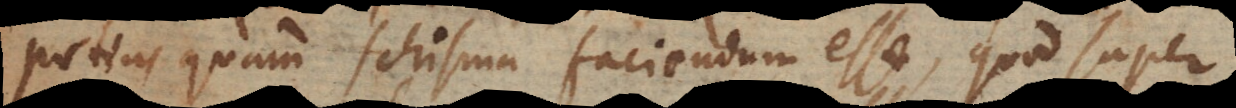
potius quam schisma faciendum esse, quod super